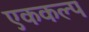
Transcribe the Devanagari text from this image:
एककल्प